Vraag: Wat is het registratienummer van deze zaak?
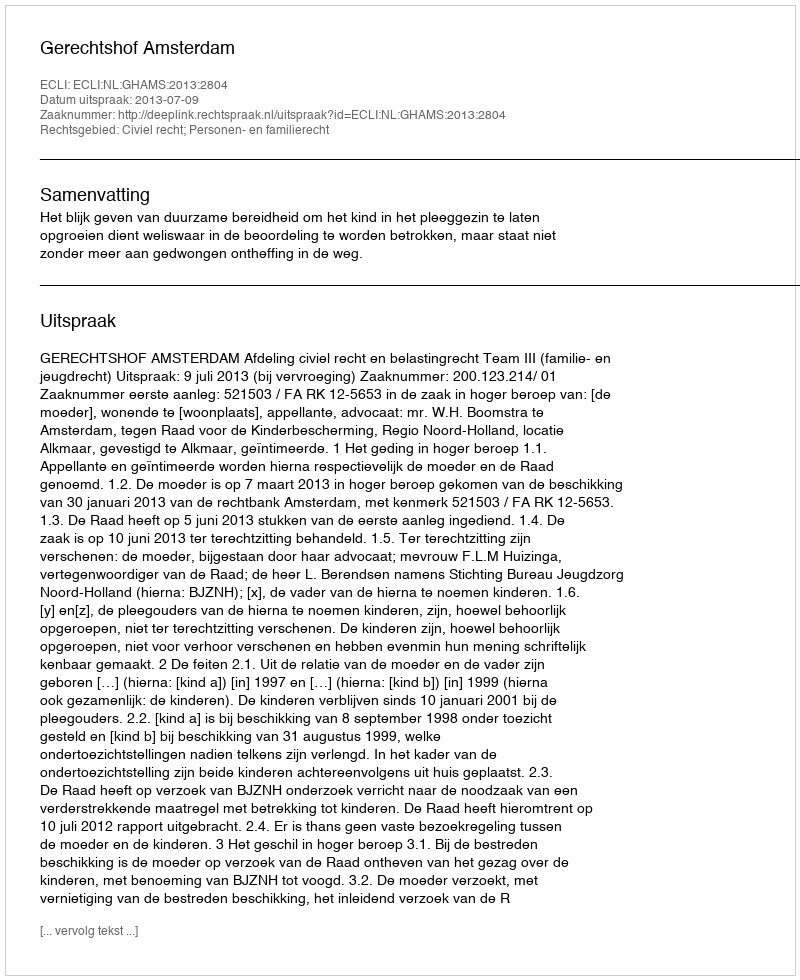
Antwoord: http://deeplink.rechtspraak.nl/uitspraak?id=ECLI:NL:GHAMS:2013:2804